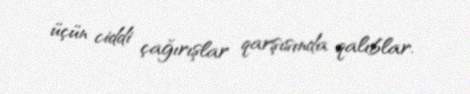
üçün ciddi çağırışlar qarşısında qalıblar.